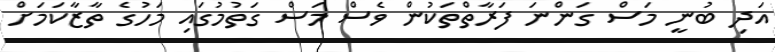
އަދި ބުނީ މަސް ގަންނަ ފަރާތްތަކުން ވެސް މަސް ގަތުމުގައި މަހުގެ ތާޒާކަމަށް